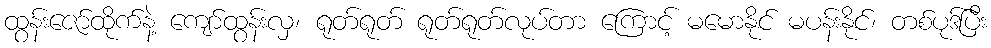
ထွန်းဇော်ထိုက်နဲ့ ကျော်ထွန်းလှ၊ ရုတ်ရုတ် ရုတ်ရုတ်လုပ်တာ ကြောင့် မမောနိုင် မပန်းနိုင်၊ တစ်ပုဒ်ပြီး